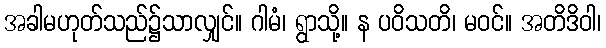
အခါမဟုတ်သည်၌သာလျှင်။ ဂါမံ၊ ရွာသို့။ န ပဝိသတိ၊ မဝင်။ အတိဒိဝါ၊